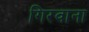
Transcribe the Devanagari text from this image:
गिरवाना